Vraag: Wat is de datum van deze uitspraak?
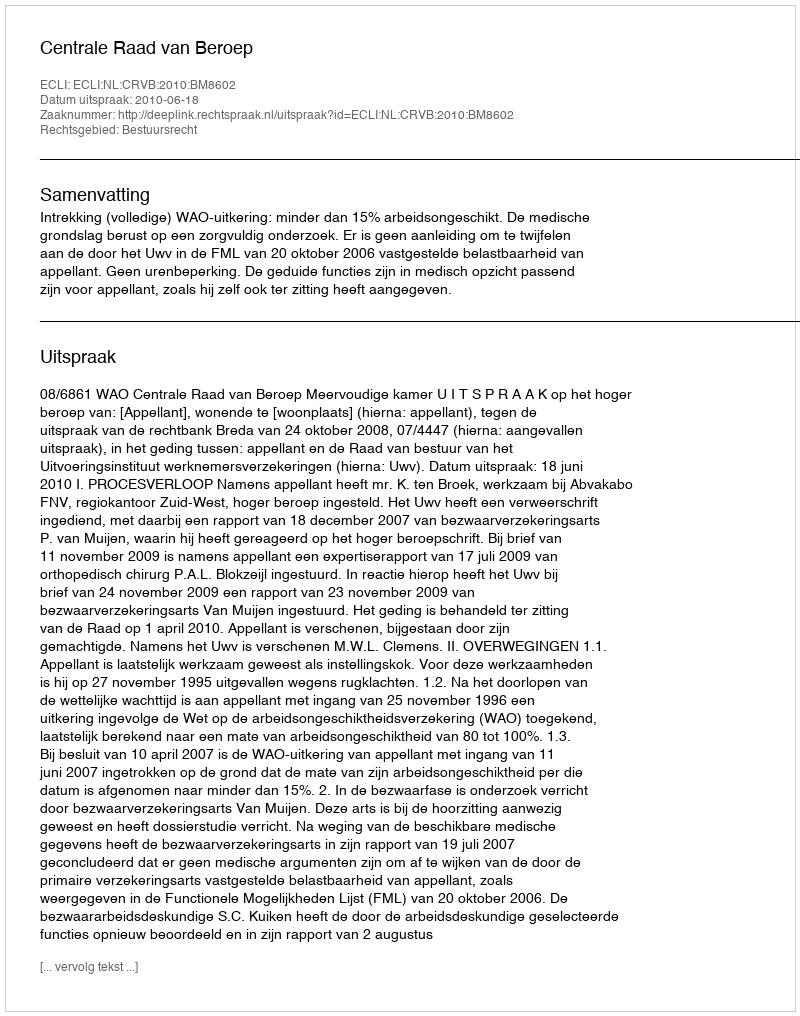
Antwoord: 2010-06-18